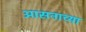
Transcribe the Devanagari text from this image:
आसनाच्या